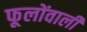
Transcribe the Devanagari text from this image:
फूलोंवाली